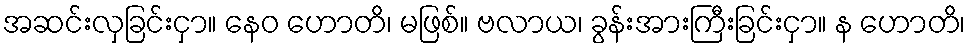
အဆင်းလှခြင်းငှာ။ နေဝ ဟောတိ၊ မဖြစ်။ ဗလာယ၊ ခွန်းအားကြီးခြင်းငှာ။ န ဟောတိ၊